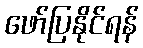
ဖော်ပြနိုင်ရန်